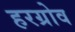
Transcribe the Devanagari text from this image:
हरग्रोव